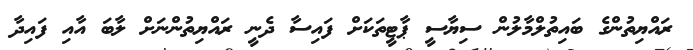
ރައްޔިތުންގެ ބައިތުލްމާލުން ސިޔާސީ ޕާޓީތަކަށް ފައިސާ ދެނީ ރައްޔިތުންނަށް ލާބަ އާއި ފައިދާ